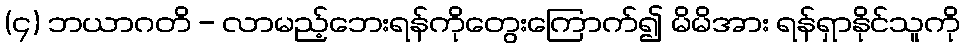
(၄) ဘယာဂတိ - လာမည့်ဘေးရန်ကိုတွေးကြောက်၍ မိမိအား ရန်ရှာနိုင်သူကို